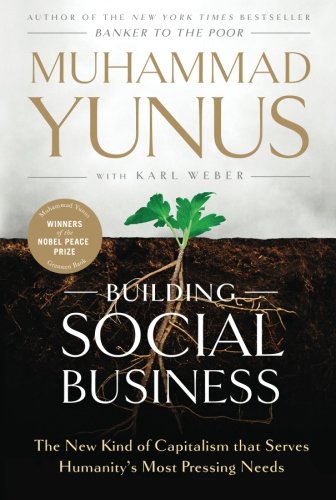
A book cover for Building Social Business: The New Kind of Capitalism that Serves Humanity's Most Pressing Needs; Muhammad Yunus; Business & Money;